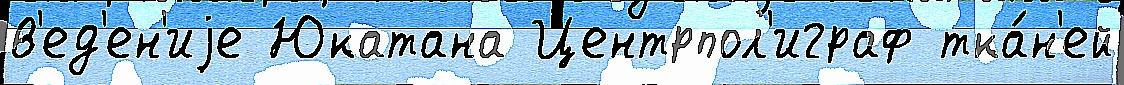
в'ед'ен'иjе Юкатана Центрпол'играф тка́н'ей